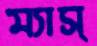
ম্যাস্